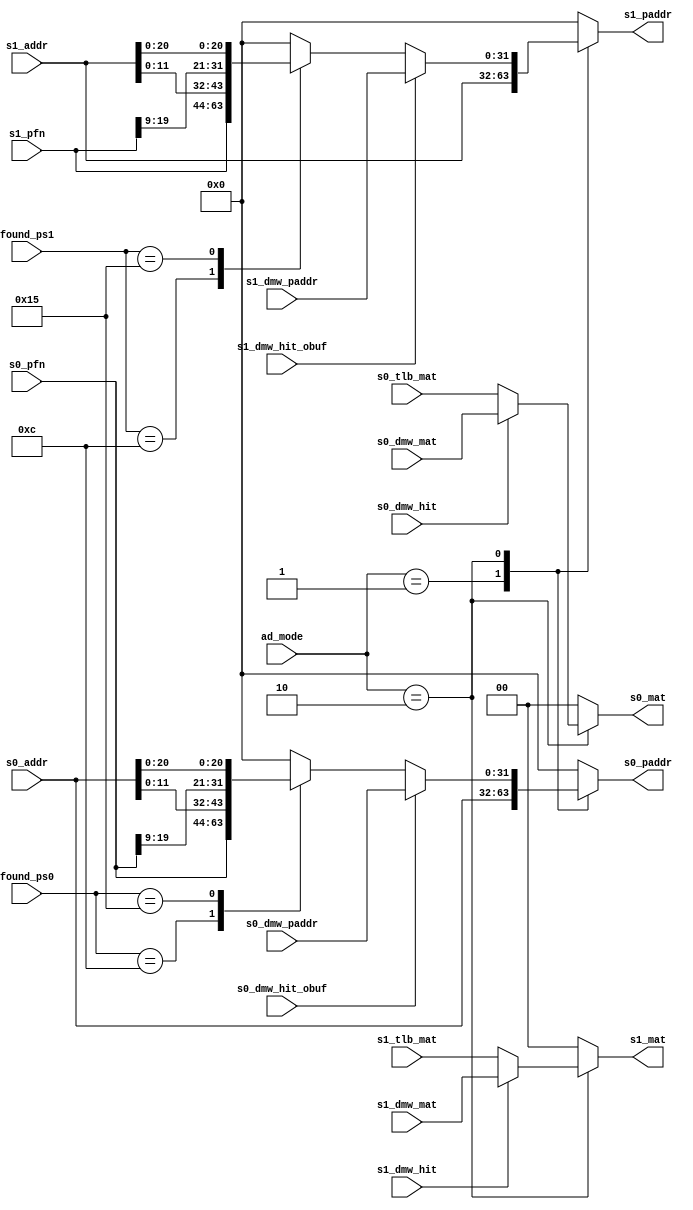
module TLB_out(
    input [1:0] ad_mode,
    input s0_dmw_hit,
    input s1_dmw_hit,
    input s0_dmw_hit_obuf,
    input s1_dmw_hit_obuf,
    input [31:0] s0_addr,
    input [31:0] s1_addr,
    input [1:0] s0_tlb_mat,
    input [1:0] s1_tlb_mat,
    input [1:0] s0_dmw_mat,
    input [1:0] s1_dmw_mat,
    input [31:0] s0_dmw_paddr,
    input [31:0] s1_dmw_paddr,
    input [19:0] s0_pfn,
    input [19:0] s1_pfn,
    input [5:0] found_ps0,
    input [5:0] found_ps1,
    output reg [31:0] s0_paddr,
    output reg [31:0] s1_paddr,
    output reg [1:0] s0_mat,
    output reg [1:0] s1_mat
    );
    parameter DIRECT = 2'b01;
    parameter MAP = 2'b10;
    always @(*) begin
        case(ad_mode)
        DIRECT: begin
            s0_paddr = s0_addr;
            s1_paddr = s1_addr;
        end
        MAP: begin

            if(s0_dmw_hit_obuf) begin
                s0_paddr = s0_dmw_paddr;
            end

            else begin
                case(found_ps0)
                6'd12: s0_paddr = {s0_pfn, s0_addr[11:0]};
                6'd21: s0_paddr = {s0_pfn[19:9], s0_addr[20:0]};
                default: s0_paddr = 0;
                endcase
            end

            if(s1_dmw_hit_obuf) begin
                s1_paddr = s1_dmw_paddr;
            end

            else begin
                case(found_ps1)
                6'd12: s1_paddr = {s1_pfn, s1_addr[11:0]};
                6'd21: s1_paddr = {s1_pfn[19:9], s1_addr[20:0]};
                default: s1_paddr = 0;
                endcase
            end

        end
        default: begin
            s0_paddr = 0;
            s1_paddr = 0;
        end
        endcase
    end

    always @(*) begin
        case(ad_mode)
        MAP: begin
            if(s0_dmw_hit) begin
                s0_mat = s0_dmw_mat;
            end
            else begin
                s0_mat = s0_tlb_mat;
            end
            if(s1_dmw_hit) begin
                s1_mat = s1_dmw_mat;
            end
            else begin
                s1_mat = s1_tlb_mat;
            end
        end
        default: begin
            s0_mat = 0;
            s1_mat = 0;
        end
        endcase
    end
endmodule